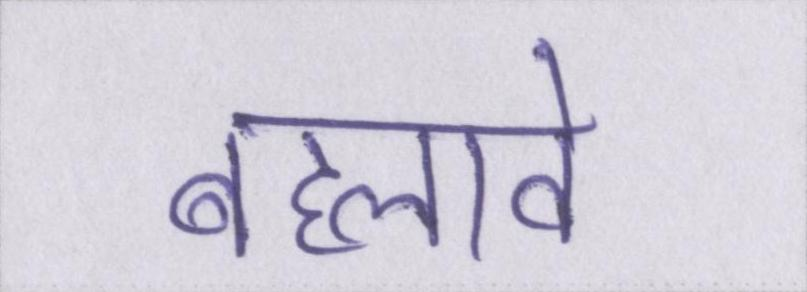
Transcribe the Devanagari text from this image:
बहलावे